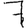
Digit: 7